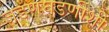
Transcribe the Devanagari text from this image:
जडणघडणीशी